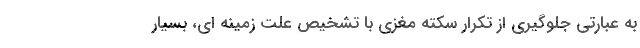
به عبارتی جلوگیری از تکرار سکته مغزی با تشخیص علت زمینه ای، بسیار